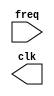
// clock generator with a gived frequency
module clk_gen(freq,clk);
    input freq;
    output clk;
    reg clk = 1'b0;
    wire per;
    assign per = 1/freq;
    always #per begin
        clk <= ~clk;
    end
endmodule

module test;
    wire clock;
    reg frequency;
    clk_gen DUT(frequency,clock);
    initial begin
    frequency = 20;
end  
endmodule